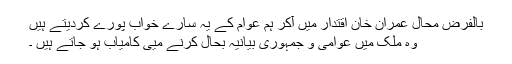
بالفرض محال عمران خان اقتدار میں آکر ہم عوام کے یہ سارے خواب پورے کردیتے ہیں
وہ ملک میں عوامی و جمہوری بیانیہ بحال کرنے میی کامیاب ہو جاتے ہیں ۔